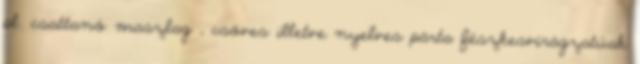
pl. csattanó maszlag , csöves illetve nyelves párta fészkesvirágzatúak